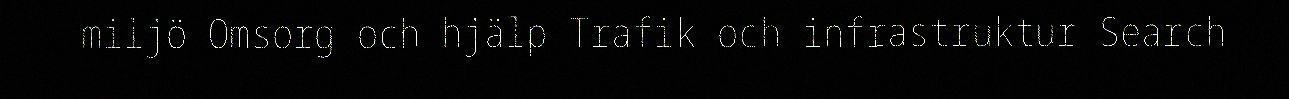
miljö Omsorg och hjälp Trafik och infrastruktur Search